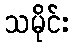
သမိုင်း